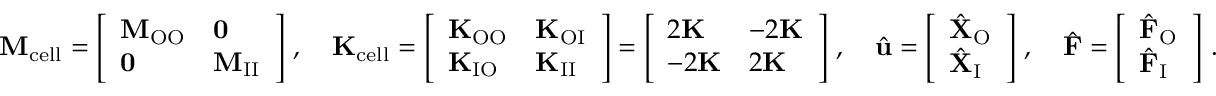
\mathbf { M } _ { \mathrm { c e l l } } = \left[ \begin{array} { l l } { \mathbf { M } _ { \mathrm { O O } } } & { \mathbf { 0 } } \\ { \mathbf { 0 } } & { \mathbf { M } _ { \mathrm { I I } } } \end{array} \right] \, , \quad \mathbf { K } _ { \mathrm { c e l l } } = \left[ \begin{array} { l l } { \mathbf { K } _ { \mathrm { O O } } } & { \mathbf { K } _ { \mathrm { O I } } } \\ { \mathbf { K } _ { \mathrm { I O } } } & { \mathbf { K } _ { \mathrm { I I } } } \end{array} \right] = \left[ \begin{array} { l l } { 2 \mathbf { K } } & { - 2 \mathbf { K } } \\ { - 2 \mathbf { K } } & { 2 \mathbf { K } } \end{array} \right] \, , \quad \hat { \mathbf { u } } = \left[ \begin{array} { l } { \hat { \mathbf { X } } _ { \mathrm { O } } } \\ { \hat { \mathbf { X } } _ { \mathrm { I } } } \end{array} \right] \, , \quad \hat { \mathbf { F } } = \left[ \begin{array} { l } { \hat { \mathbf { F } } _ { \mathrm { O } } } \\ { \hat { \mathbf { F } } _ { \mathrm { I } } } \end{array} \right] \, .